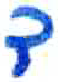
אות: ד